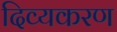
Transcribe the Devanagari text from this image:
दिव्यकरण